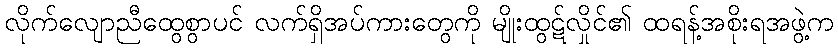
လိုက်လျောညီထွေစွာပင် လက်ရှိအပ်ကားတွေကို မျိုးထွဋ်လှိုင်၏ ထရန့်အစိုးရအဖွဲ့က